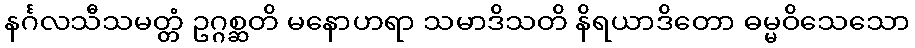
နင်္ဂလသီသမတ္တံ ဥဂ္ဂစ္ဆတိ မနောဟရာ သမာဒိသတိ နိရယာဒိတော ဓမ္မဝိသေသော